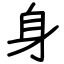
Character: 身